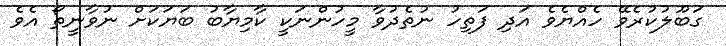
ގަބޫލުކުރެވޭ ހެއްޔެވެ އަދި ފަތިހު ނުތެދުވާ މީހުންނަކީ ކާމިޔާބު ބަޔަކަށް ނުވާނީތޯ އެވެ